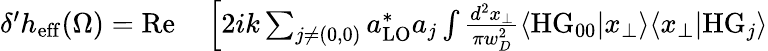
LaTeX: \begin{array}{rl}{\delta^{\prime}h_{\mathrm{eff}}(\Omega)=\mathrm{Re}}&{{}\left[2ik\sum_{j\neq(0,0)}a_{\mathrm{LO}}^{*}a_{j}\int\frac{d^{2}x_{\perp}}{\pi w_{D}^{2}}\langle\mathrm{HG}_{00}|x_{\perp}\rangle\langle x_{\perp}|\mathrm{HG}_{j}\rangle\right.}\end{array}